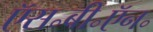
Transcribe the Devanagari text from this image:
ऍस॰बी॰ऍन॰